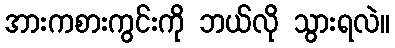
အားကစားကွင်းကို ဘယ်လို သွားရလဲ။